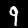
Digit: 9